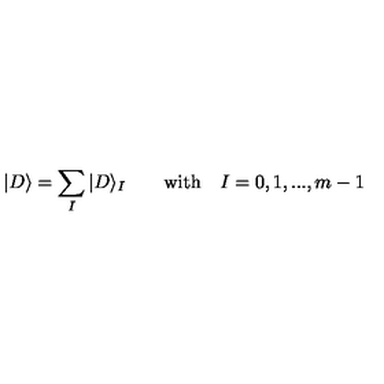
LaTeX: | D \rangle = \sum _ { I } | D \rangle _ { I } \qquad \mathrm { w i t h } \quad I = 0 , 1 , . . . , m - 1